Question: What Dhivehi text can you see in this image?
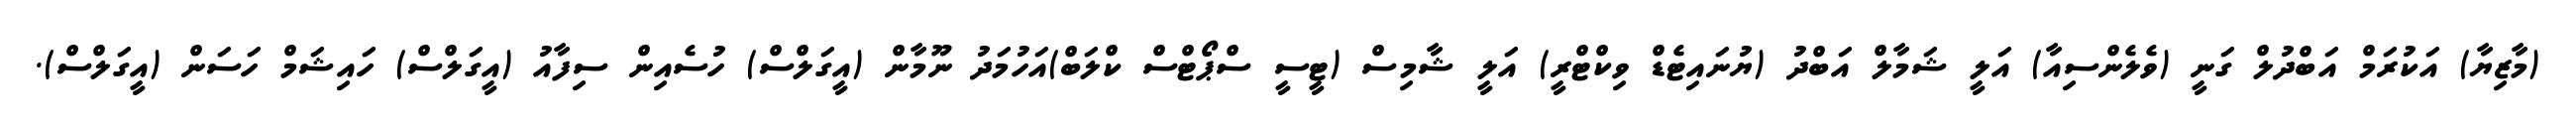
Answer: (މާޒިޔާ) އަކުރަމް އަބްދުލް ގަނީ (ވެލެންސިއާ) އަލީ ޝަމާލް އަބްދު (ޔުނައިޓެޑް ވިކްޓްރީ) އަލީ ޝާމިސް (ޓީސީ ސްޕޯޓްސް ކްލަބް)އަހުމަދު ނޫމާން (އީގަލްސް) ހުސެއިން ސިފާއު (އީގަލްސް) ހައިޝަމް ހަސަން (އީގަލްސް).